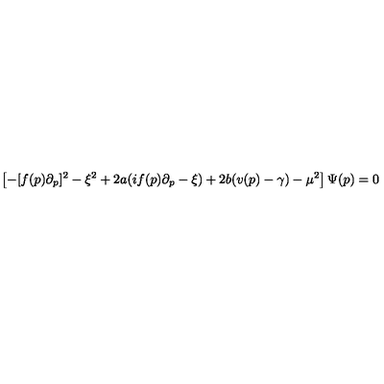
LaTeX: \left[ - [ f ( p ) \partial _ { p } ] ^ { 2 } - \xi ^ { 2 } + 2 a ( i f ( p ) \partial _ { p } - \xi ) + 2 b ( v ( p ) - \gamma ) - \mu ^ { 2 } \right] \Psi ( p ) = 0